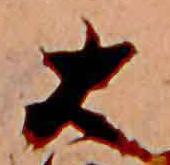
大